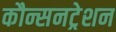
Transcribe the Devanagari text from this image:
कौन्सनट्रेशन